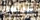
هوبس